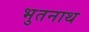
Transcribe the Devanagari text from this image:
भुतनाथ